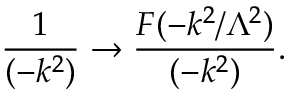
{ \frac { 1 } { ( - k ^ { 2 } ) } } \to { \frac { F ( - k ^ { 2 } / \Lambda ^ { 2 } ) } { ( - k ^ { 2 } ) } } .